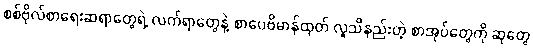
စစ်ဗိုလ်စာရေးဆရာတွေရဲ့ လက်ရာတွေနဲ့ စာပေဗိမာန်ထုတ် လူသိနည်းတဲ့ စာအုပ်တွေကို ဆုတွေ